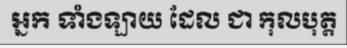
អ្នក ទាំងឡាយ ដែល ជា កុលបុត្ត